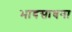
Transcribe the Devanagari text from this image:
भावसाधना